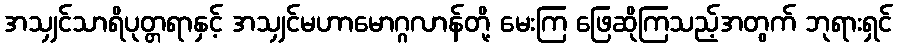
အသျှင်သာရိပုတ္တရာနှင့် အသျှင်မဟာမောဂ္ဂလာန်တို့ မေးကြ ဖြေဆိုကြသည့်အတွက် ဘုရားရှင်